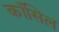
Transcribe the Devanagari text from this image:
काँसिल